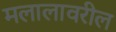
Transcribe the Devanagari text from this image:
मलालावरील